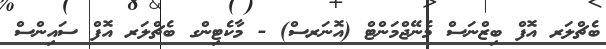
ބެޗްލަރ އޮފް ބިޒްނަސް މެނޭޖްމަންޓް (އޮނަރސް) - މާކެޓިންގ ބެޗްލަރ އޮފް ސައިންސް